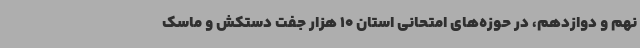
نهم و دوازدهم، در حوزه‌های امتحانی استان 10 هزار جفت دستکش و ماسک